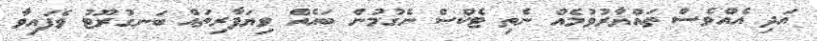
އަދި އެއްވެސް ތައްޔާރުވުމެއް ނެތި ޓެކްސް ނެގުމުން ބައެއް ވިޔަފާރިތައް ބަނގުރޫޓު ވެފައިވާ